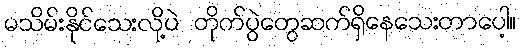
မသိမ်းနိုင်သေးလို့ပဲ တိုက်ပွဲတွေဆက်ရှိနေသေးတာပေါ့။